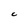
Character: C